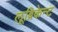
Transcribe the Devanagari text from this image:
लूब्रिकेन्ट